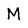
Character: M